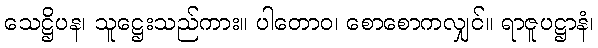
သေဋ္ဌိပန၊ သူဋ္ဌေးသည်ကား။ ပါတောဝ၊ စောစောကလျှင်။ ရာဇူပဋ္ဌာနံ၊